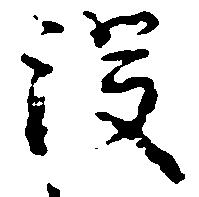
没